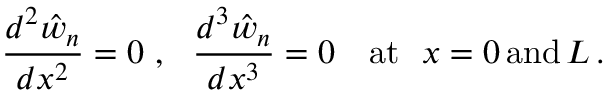
{ \frac { d ^ { 2 } { \hat { w } } _ { n } } { d x ^ { 2 } } } = 0 ~ , ~ ~ { \frac { d ^ { 3 } { \hat { w } } _ { n } } { d x ^ { 3 } } } = 0 \quad { \mathrm { a t } } ~ ~ x = 0 \, { \mathrm { a n d } } \, L \, .